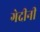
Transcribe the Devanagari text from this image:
गेदीनी